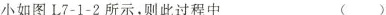
小如图L7-1-2所示，则此过程中 ()